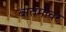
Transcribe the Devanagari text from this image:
बातमीवर